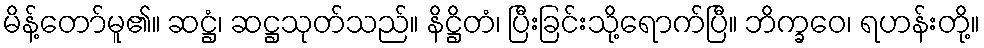
မိန့်တော်မူ၏။ ဆဋ္ဌံ၊ ဆဋ္ဌသုတ်သည်။ နိဋ္ဌိတံ၊ ပြီးခြင်းသို့ရောက်ပြီ။ ဘိက္ခဝေ၊ ရဟန်းတို့။